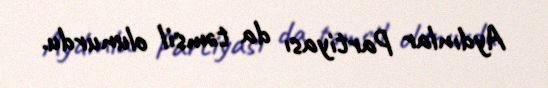
Aydınlar Partiyası da təmsil olunurdu.